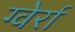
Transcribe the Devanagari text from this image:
ग्वेर्रा